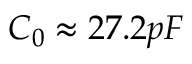
C _ { 0 } \approx 2 7 . 2 p F